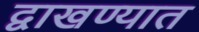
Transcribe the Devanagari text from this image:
द्वाखण्यात